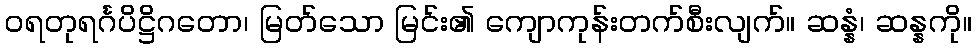
ဝရတုရင်္ဂပိဋ္ဌိဂတော၊ မြတ်သော မြင်း၏ ကျောကုန်းတက်စီးလျက်။ ဆန္နံ၊ ဆန္နကို။